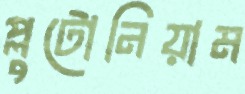
প্লুটোনিয়াম